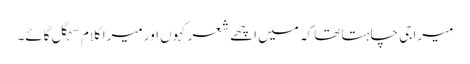
میرا جی چاہتا تھا کہ میں اچھے شعر کہوں اور میرا کلام سہگل گائے۔